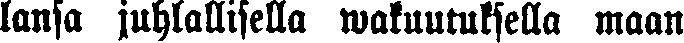
lansa juhlallisella wakuutuksella maan